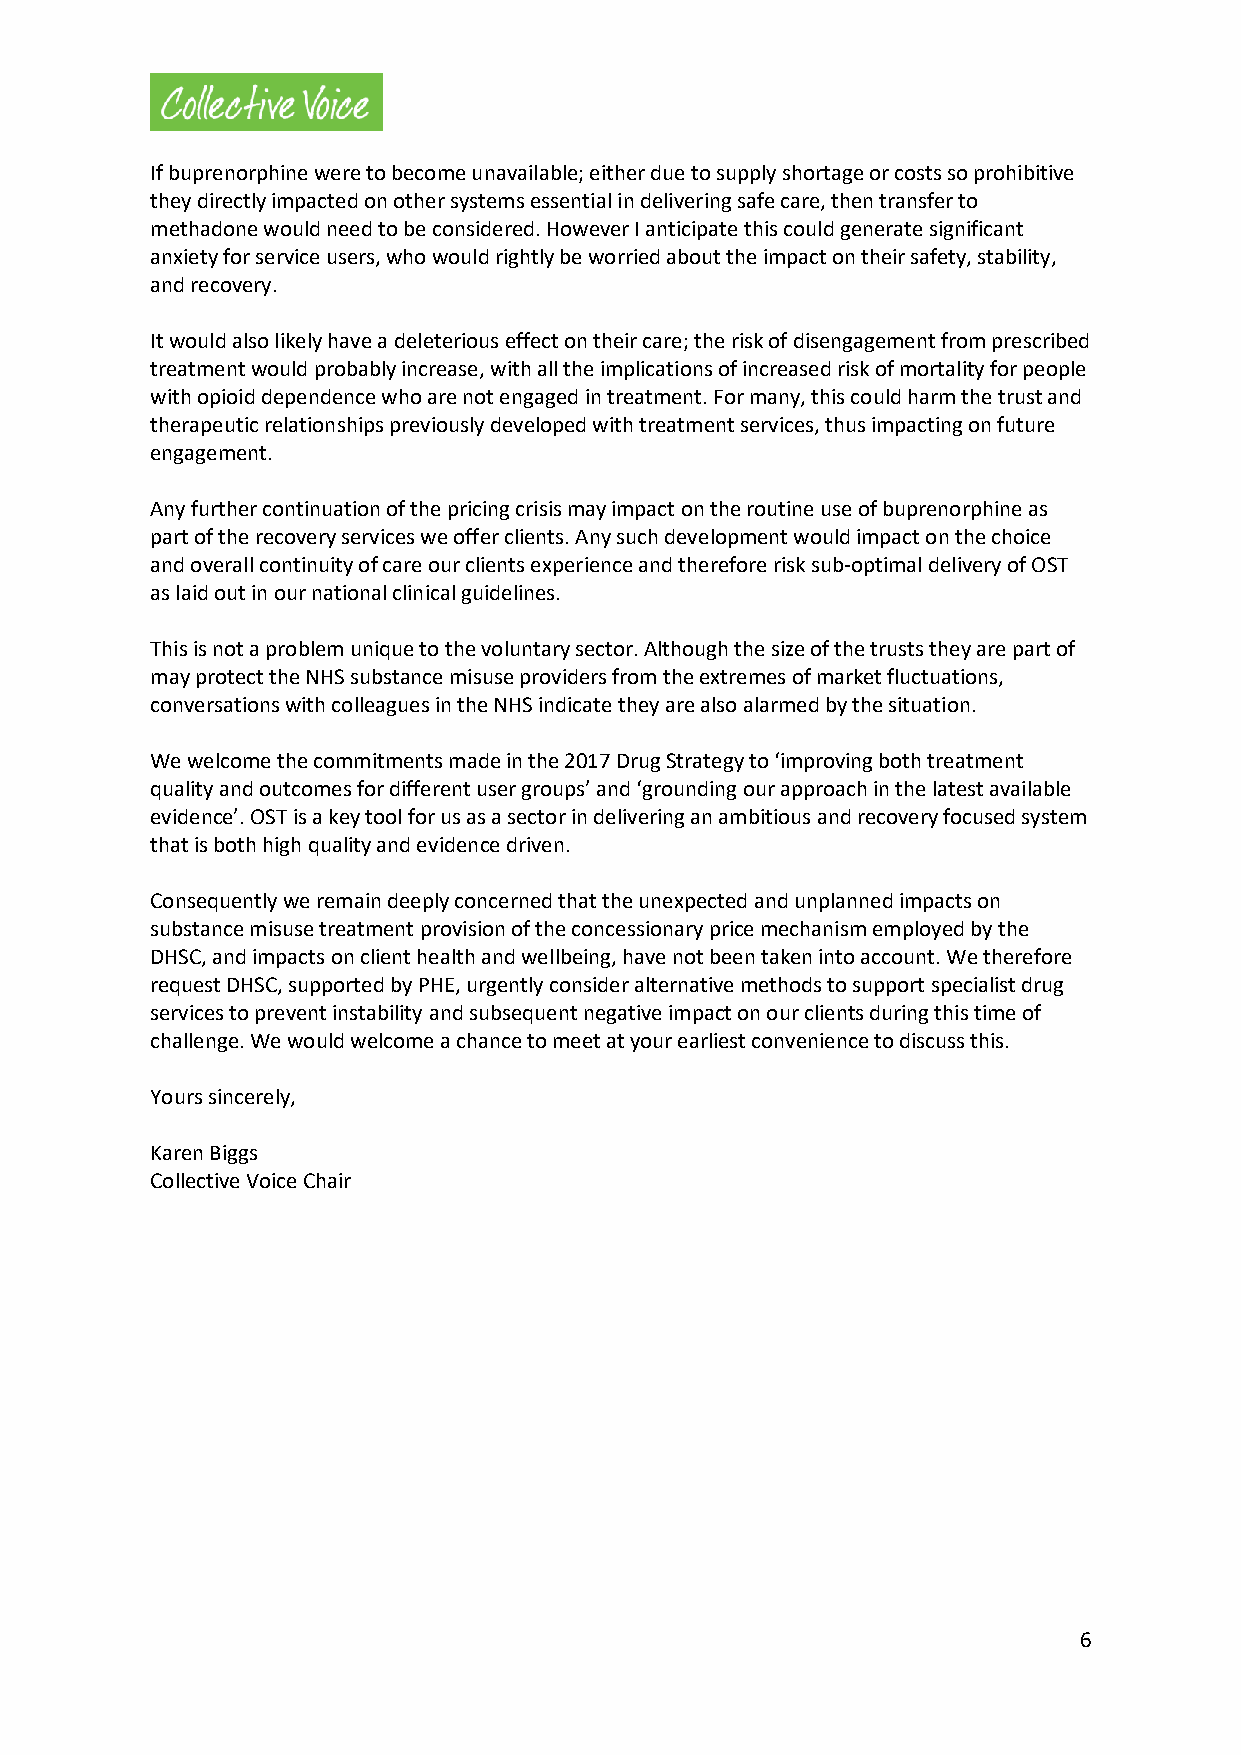
If buprenorphine were to become unavailable; either due to supply shortage or costs so prohibitive
 they directly impacted on other systems essential in delivering safe care, then transfer to
 methadone would need to be considered. However I anticipate this could generate significant
 anxiety for service users, who would rightly be worried about the impact on their safety, stability,
 and recovery.
 It would also likely have a deleterious effect on their care; the risk of disengagement from prescribed
 treatment would probably increase, with all the implications of increased risk of mortality for people
 with opioid dependence who are not engaged in treatment. For many, this could harm the trust and
 therapeutic relationships previously developed with treatment services, thus impacting on future
 engagement.
 Any further continuation of the pricing crisis may impact on the routine use of buprenorphine as
 part of the recovery services we offer clients. Any such development would impact on the choice
 and overall continuity of care our clients experience and therefore risk sub-optimal delivery of OST
 as laid out in our national clinical guidelines.
 This is not a problem unique to the voluntary sector. Although the size of the trusts they are part of
 may protect the NHS substance misuse providers from the extremes of market fluctuations,
 conversations with colleagues in the NHS indicate they are also alarmed by the situation.
 We welcome the commitments made in the 2017 Drug Strategy to ‘improving both treatment
 quality and outcomes for different user groups’ and ‘grounding our approach in the latest available
 evidence’. OST is a key tool for us as a sector in delivering an ambitious and recovery focused system
 that is both high quality and evidence driven.
 Consequently we remain deeply concerned that the unexpected and unplanned impacts on
 substance misuse treatment provision of the concessionary price mechanism employed by the
 DHSC, and impacts on client health and wellbeing, have not been taken into account. We therefore
 request DHSC, supported by PHE, urgently consider alternative methods to support specialist drug
 services to prevent instability and subsequent negative impact on our clients during this time of
 challenge. We would welcome a chance to meet at your earliest convenience to discuss this.
 Yours sincerely,
 Karen Biggs
 Collective Voice Chair
 6